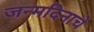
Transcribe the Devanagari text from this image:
जन्मदिनाचे